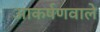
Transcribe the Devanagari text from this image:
आकर्षणवाले